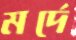
মর্দে